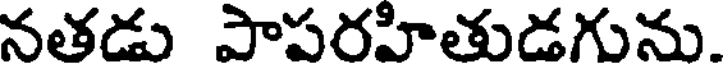
నతడు పాపరహితుడగును.